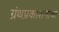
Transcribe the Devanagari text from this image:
ग्रंथप्रकाशनाचा